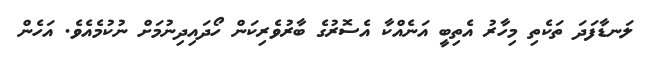
ލަނޑާފަދަ ތަކެތި މިހާރު އެތިބީ އަނެއްކާ އެސޮރުގެ ބާރުވެރިކަން ހޯދައިދިނުމަށް ނުކުމެއެވެ. އަހެން